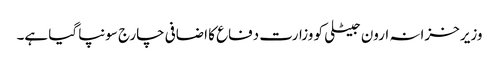
وزیر خزانہ ارون جیٹلی کو وزارت دفاع کا اضافی چارج سونپا گیا ہے۔